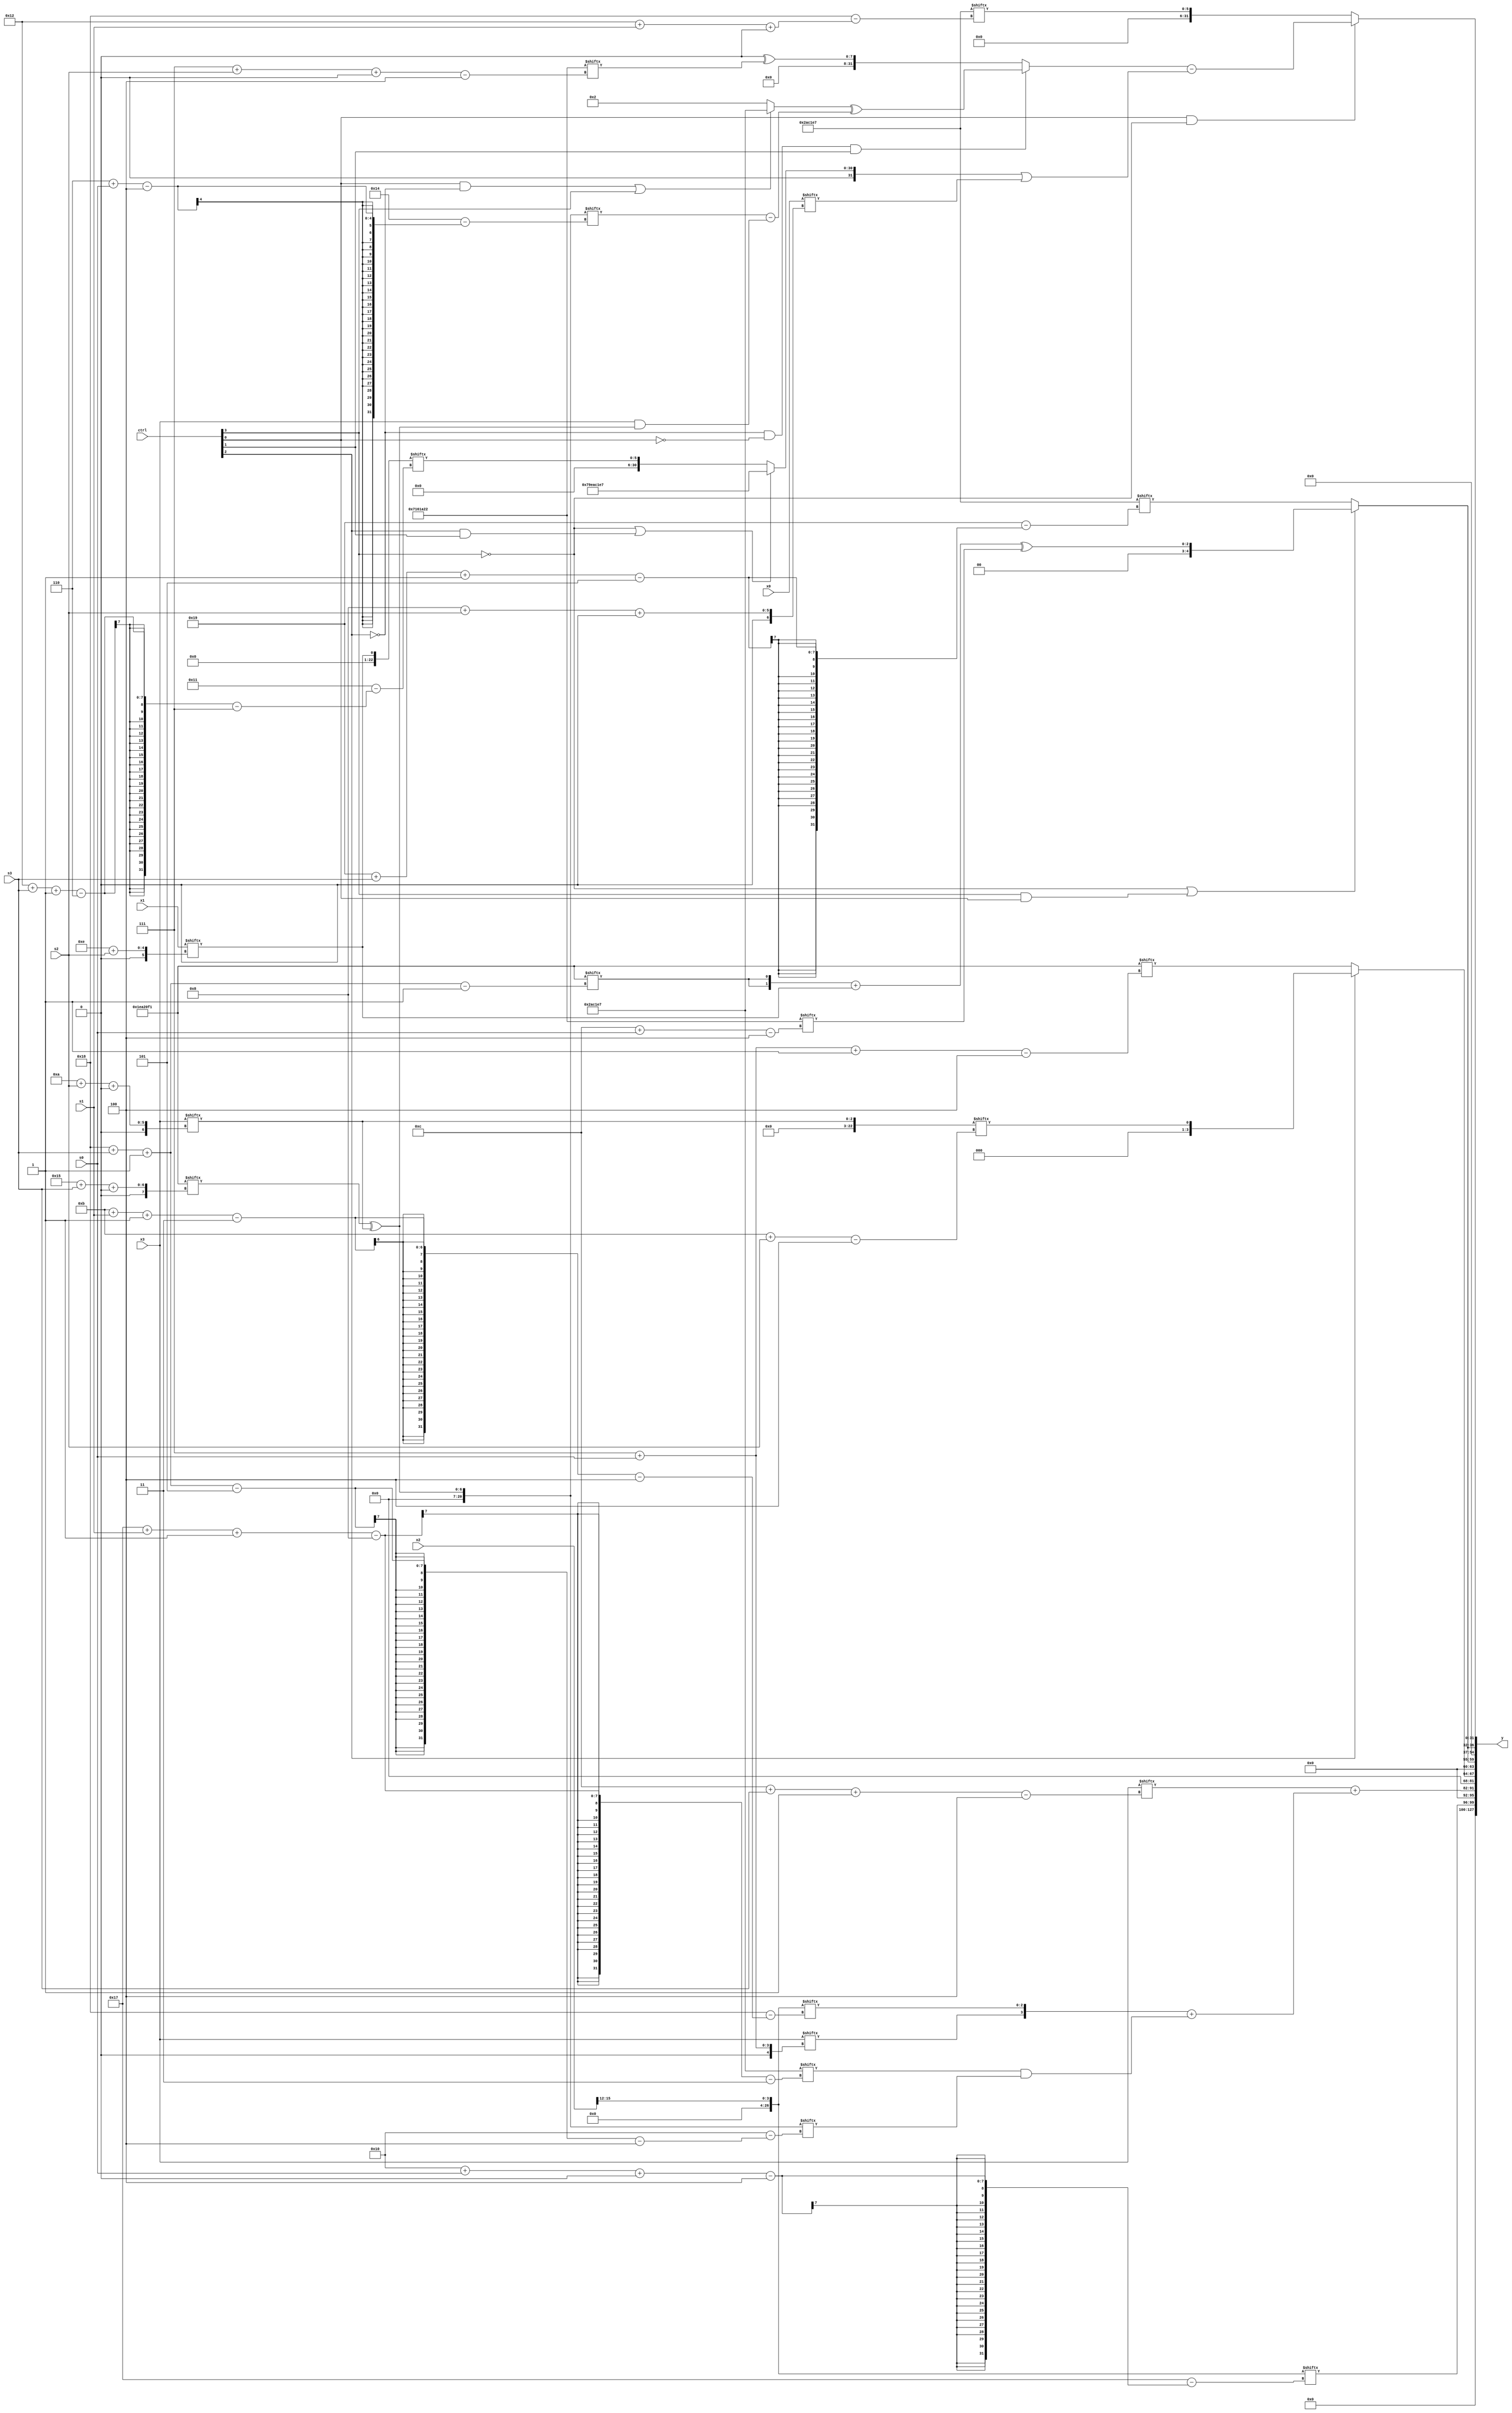
module partsel_00135(ctrl, s0, s1, s2, s3, x0, x1, x2, x3, y);
  input [3:0] ctrl;
  input [2:0] s0;
  input [2:0] s1;
  input [2:0] s2;
  input [2:0] s3;
  input signed [31:0] x0;
  input [31:0] x1;
  input [31:0] x2;
  input [31:0] x3;
  wire [26:4] x4;
  wire signed [7:29] x5;
  wire signed [4:24] x6;
  wire signed [24:7] x7;
  wire signed [4:28] x8;
  wire [4:26] x9;
  wire [0:29] x10;
  wire [4:29] x11;
  wire [6:26] x12;
  wire signed [1:27] x13;
  wire signed [4:30] x14;
  wire [2:28] x15;
  output [127:0] y;
  wire [31:0] y0;
  wire signed [31:0] y1;
  wire [31:0] y2;
  wire [31:0] y3;
  assign y = {y0,y1,y2,y3};
  localparam signed [25:0] p0 = 837427441;
  localparam signed [2:24] p1 = 752837658;
  localparam signed [31:4] p2 = 655759906;
  localparam [24:3] p3 = 606781927;
  assign x4 = x3[10 + s2 +: 3];
  assign x5 = x1[14 + s2];
  assign x6 = (p0[21 + s3 +: 7] ^ x4);
  assign x7 = x4[11 + s2];
  assign x8 = p2[20 + s2 +: 6];
  assign x9 = x3[12 + s3 -: 4];
  assign x10 = p3;
  assign x11 = x6;
  assign x12 = x0[8 + s2 +: 4];
  assign x13 = (p3 + {{2{(x9[18 +: 1] & x7[4 + s0])}}, ({((x9[16] | p1[17 + s3 -: 5]) ^ p0), {x0[18 + s2 +: 7], ((p0[18 + s0] + p0[4 + s1 +: 7]) + p0)}} - ({2{p0[24 + s3 +: 7]}} & p0))});
  assign x14 = x2[12 +: 4];
  assign x15 = p2[5 + s3 -: 5];
  assign y0 = x14[16 + s0 +: 4];
  assign y1 = {(x9 + ({x3[7 + s0], x14[11 + s1 -: 3]} + {x14[18], (p3[23 + s1 -: 8] & x6[24 + s3 -: 5])})), (!ctrl[2] || ctrl[1] && !ctrl[1] ? p0[7 + s0 -: 4] : (!ctrl[3] && ctrl[3] && ctrl[2] ? (x4[15 + s2] & x11[16 -: 1]) : x7))};
  assign y2 = {2{(!ctrl[3] || ctrl[3] && ctrl[0] ? (({2{p0[24 + s3 -: 1]}} + x5) ^ p2[12 + s0]) : x10[25 + s3 -: 5])}};
  assign y3 = (ctrl[0] && ctrl[0] && !ctrl[3] ? ((!ctrl[2] && !ctrl[0] && ctrl[1] ? ((ctrl[0] && !ctrl[2] || ctrl[3] ? p3 : p0[13 -: 2]) ^ (x6[6 + s0] - (x3 & x11))) : (p0[18] ^ p2[7 + s2 +: 8])) - ((!ctrl[3] || ctrl[2] && ctrl[1] ? {2{p3}} : x5[18 + s3 -: 6]) | {x7[10 +: 3], x12})) : x10[18 + s1 +: 6]);
endmodule